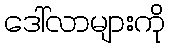
ဒေါ်လာများကို